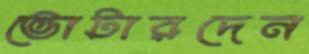
ভোটারদেন